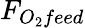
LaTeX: F_{O_{2}feed}